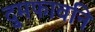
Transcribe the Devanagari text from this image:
दुमफावनि